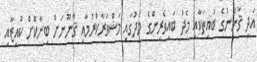
އަދި ޤާނުނުގެ ބައިތަކާއި މެދު ބައިވެރިންގެ މެދުގައި މަޝްވަރާކުރުމާއި ޤާނޫނަށް ބިނާކޮށް ކުއިޒާއި